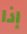
إذا